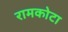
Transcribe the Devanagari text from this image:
रामकोटा